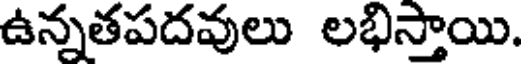
ఉన్నతపదవులు లభిస్తాయి.